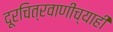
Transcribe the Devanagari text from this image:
दूरचित्रवाणीच्याही